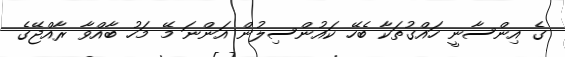
ގެ އިންސާނީ ހައްގުތަކާ ބެހޭ ކައުންސިލުން އަންނަ މޭ މަހު ބާއްވާ ރާއްޖޭގެ